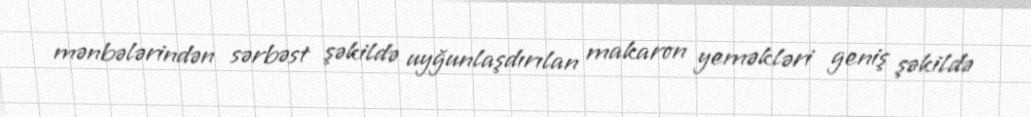
mənbələrindən sərbəst şəkildə uyğunlaşdırılan makaron yeməkləri geniş şəkildə